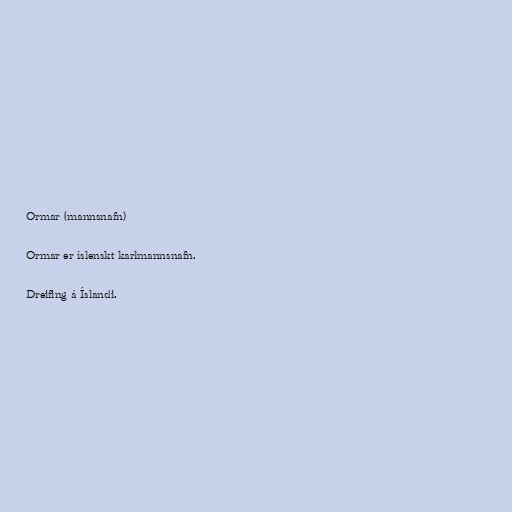
Ormar (mannsnafn)

Ormar er íslenskt karlmannsnafn.

Dreifing á Íslandi.